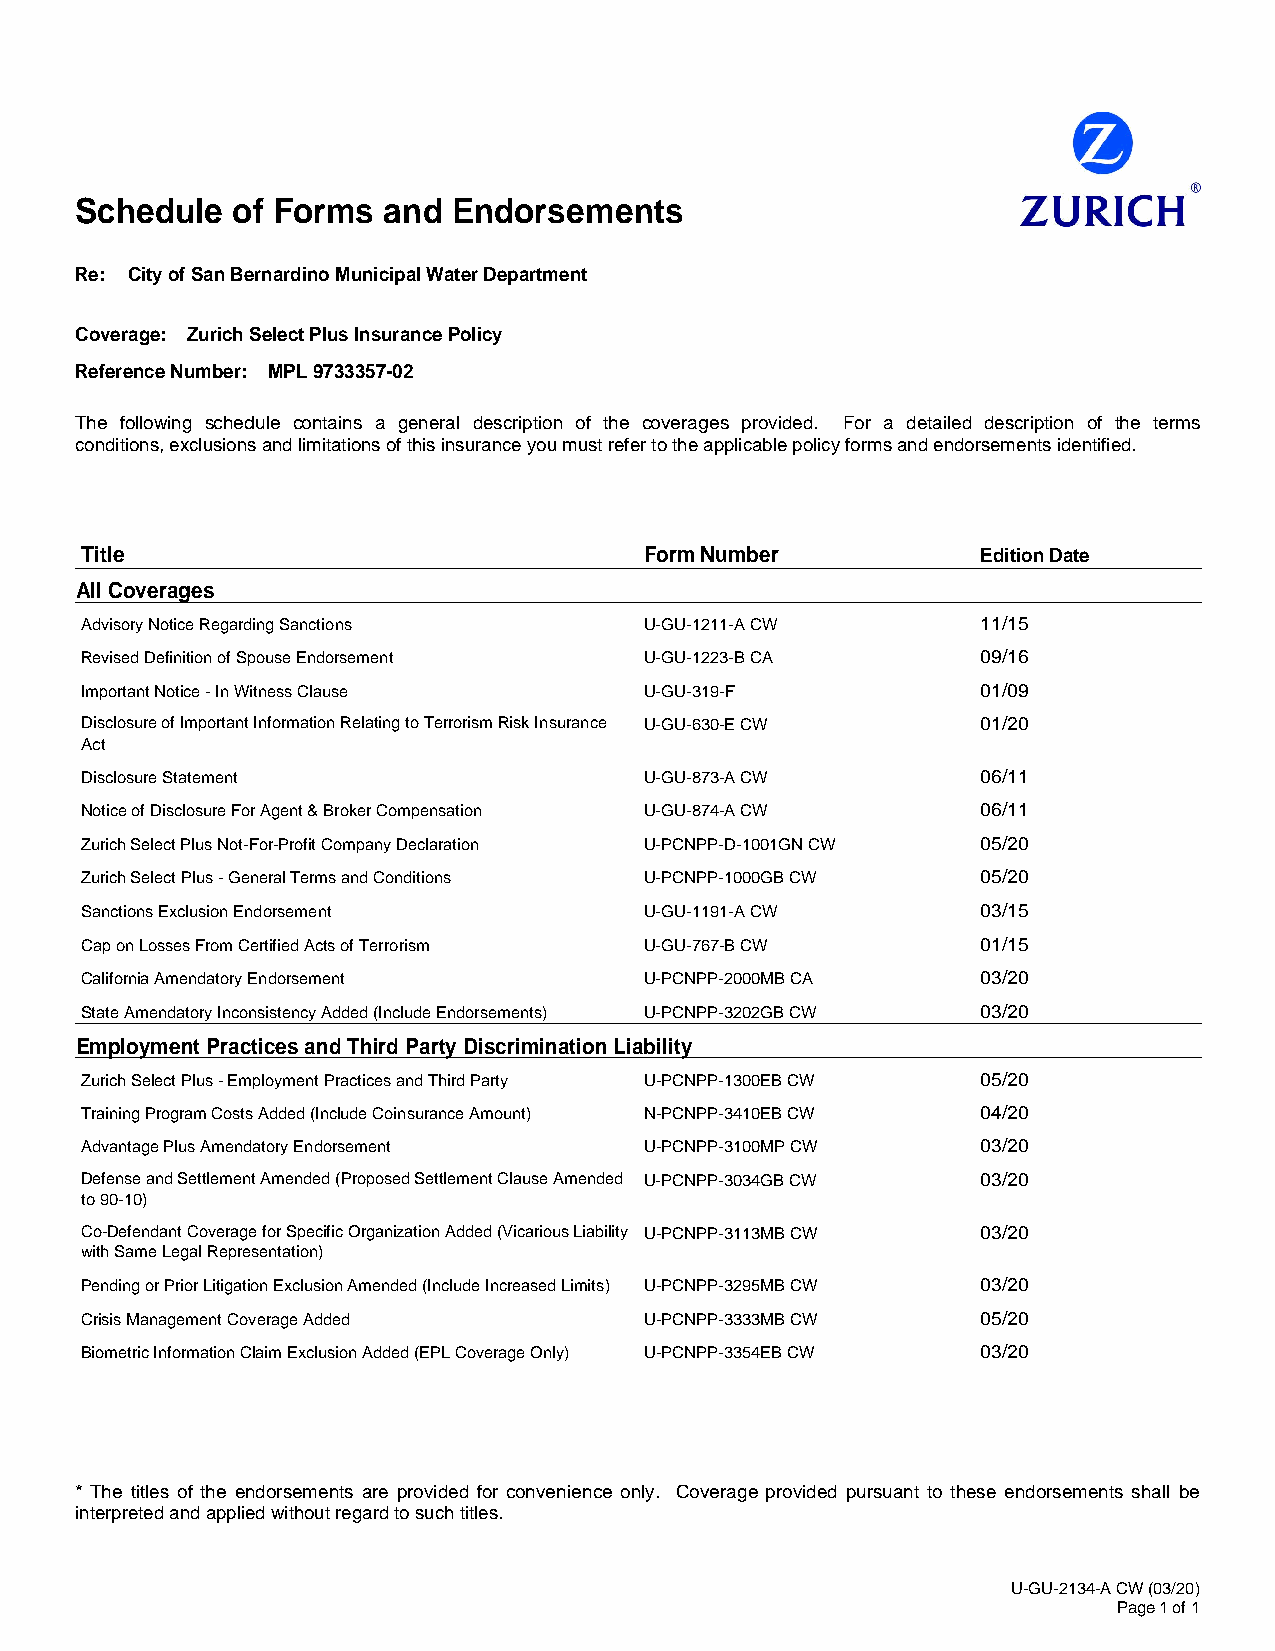
Schedule  of Forms  and  Endorsements
 Re: City of San Bernardino Municipal Water Department
 Coverage: Zurich Select Plus Insurance Policy
 Reference Number: MPL 9733357-02
 The following schedule contains a general description of the coverages provided. For a detailed description of the terms
 conditions, exclusions and limitations of this insurance you must refer to the applicable policy forms and endorsements identified.
 Title                                 Form Number           Edition Date
 All Coverages
 Advisory Notice Regarding Sanctions   U-GU-1211-A CW        11/15
 Revised Definition of Spouse Endorsement U-GU-1223-B CA     09/16
 Important Notice - In Witness Clause  U-GU-319-F            01/09
 Disclosure of Important Information Relating to Terrorism Risk Insurance U-GU-630-E CW 01/20
 Act
 Disclosure Statement                  U-GU-873-A CW         06/11
 Notice of Disclosure For Agent & Broker Compensation U-GU-874-A CW 06/11
 Zurich Select Plus Not-For-Profit Company Declaration U-PCNPP-D-1001GN CW 05/20
 Zurich Select Plus - General Terms and Conditions U-PCNPP-1000GB CW 05/20
 Sanctions Exclusion Endorsement       U-GU-1191-A CW        03/15
 Cap on Losses From Certified Acts of Terrorism U-GU-767-B CW 01/15
 California Amendatory Endorsement     U-PCNPP-2000MB CA     03/20
 State Amendatory Inconsistency Added (Include Endorsements) U-PCNPP-3202GB CW 03/20
 Employment Practices and Third Party Discrimination Liability
 Zurich Select Plus - Employment Practices and Third Party U-PCNPP-1300EB CW 05/20
 Training Program Costs Added (Include Coinsurance Amount) N-PCNPP-3410EB CW 04/20
 Advantage Plus Amendatory Endorsement U-PCNPP-3100MP CW     03/20
 Defense and Settlement Amended (Proposed Settlement Clause Amended U-PCNPP-3034GB CW 03/20
 to 90-10)
 Co-Defendant Coverage for Specific Organization Added (Vicarious Liability U-PCNPP-3113MB CW 03/20
 with Same Legal Representation)
 Pending or Prior Litigation Exclusion Amended (Include Increased Limits) U-PCNPP-3295MB CW 03/20
 Crisis Management Coverage Added      U-PCNPP-3333MB CW     05/20
 Biometric Information Claim Exclusion Added (EPL Coverage Only) U-PCNPP-3354EB CW 03/20
 * The titles of the endorsements are provided for convenience only. Coverage provided pursuant to these endorsements shall be
 interpreted and applied without regard to such titles.
 U-GU-2134-A CW (03/20)
 Page 1 of 1